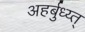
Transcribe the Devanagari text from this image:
अहर्बुध्य्त्